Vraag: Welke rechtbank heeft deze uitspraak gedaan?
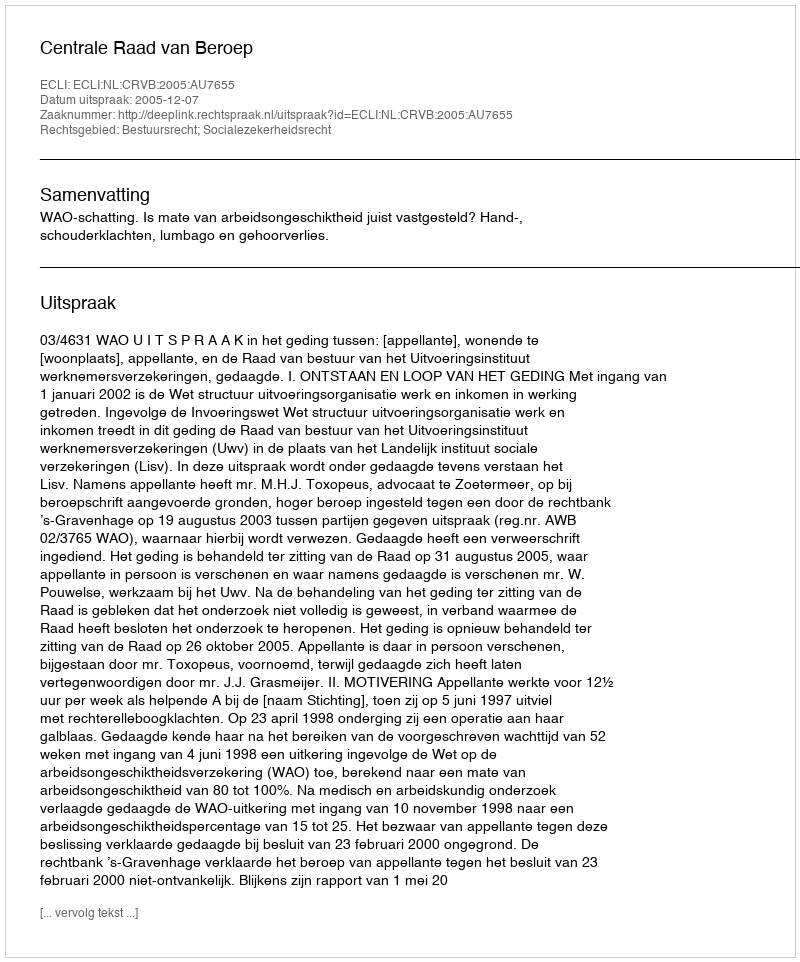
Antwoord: Centrale Raad van Beroep